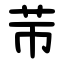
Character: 䒥